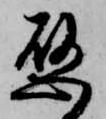
懸